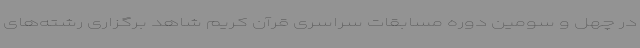
در چهل و سومین دوره مسابقات سراسری قرآن کریم شاهد برگزاری رشته‌های